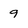
Character: 9